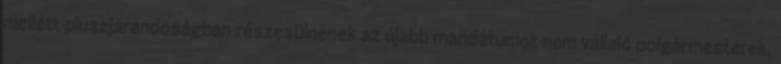
mellett pluszjárandóságban részesülnének az újabb mandátumot nem vállaló polgármesterek,